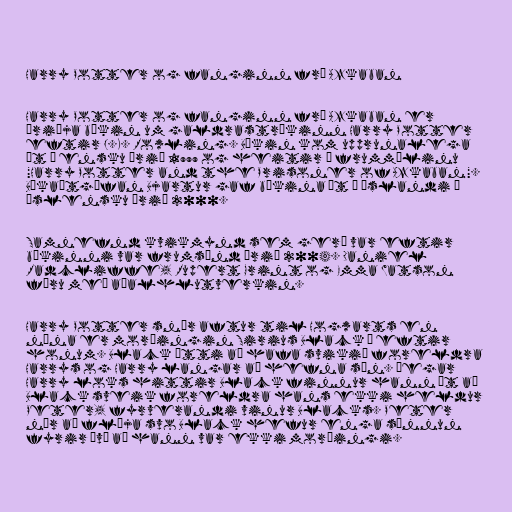
Harry Potter og fanginn frá Azkaban

Harry Potter og fanginn frá Azkaban er
þriðja bókin um galdrastrákinn Harry Potter
eftir J.K. Rowling. Bókin kom upprunalega
út á ensku árið 1999 og heitir á frummálinu
"Harry Potter and the Prisoner of Azkaban".
Bókaútgáfan Bjartur gaf bókina út á Íslandi á
íslensku árið 2000.

Samnefnd kvikmynd sem gerð var eftir
bókinni var frumsýnd árið 2004. Daniel
Radcliffe, Rupert Grint og Emma Watson
fóru með aðalhlutverkin.

Harry Potter snýr aftur til Hogwarts en
núna er morðingin Sirius Black á eftir
honum. Black átti að hafa svikið foreldra
Harrys og Harry langar að hefna sín. Þegar
Harry loks hittir Black finnur hann út að
Black sveik foreldra hans ekki heldur
Peter, fyrverandi vinur Blacks. Peter
nær að flýja svo Black hefur enga sönnun
fyrir því að hann var ekki morðingi.